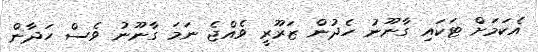
އެކަމަށް ޓަކައި ގާނޫނު ހެދުން ޒަރޫރީ ވެއްޖެ ނަމަ ގާނޫނު ވެސް ހަދާން